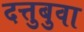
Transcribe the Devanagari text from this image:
दत्तुबुवा